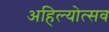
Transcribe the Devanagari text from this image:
अहिल्योत्सव